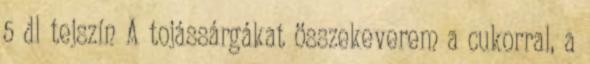
5 dl tejszín A tojássárgákat összekeverem a cukorral, a